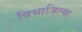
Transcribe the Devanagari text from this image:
विभाजिल्या